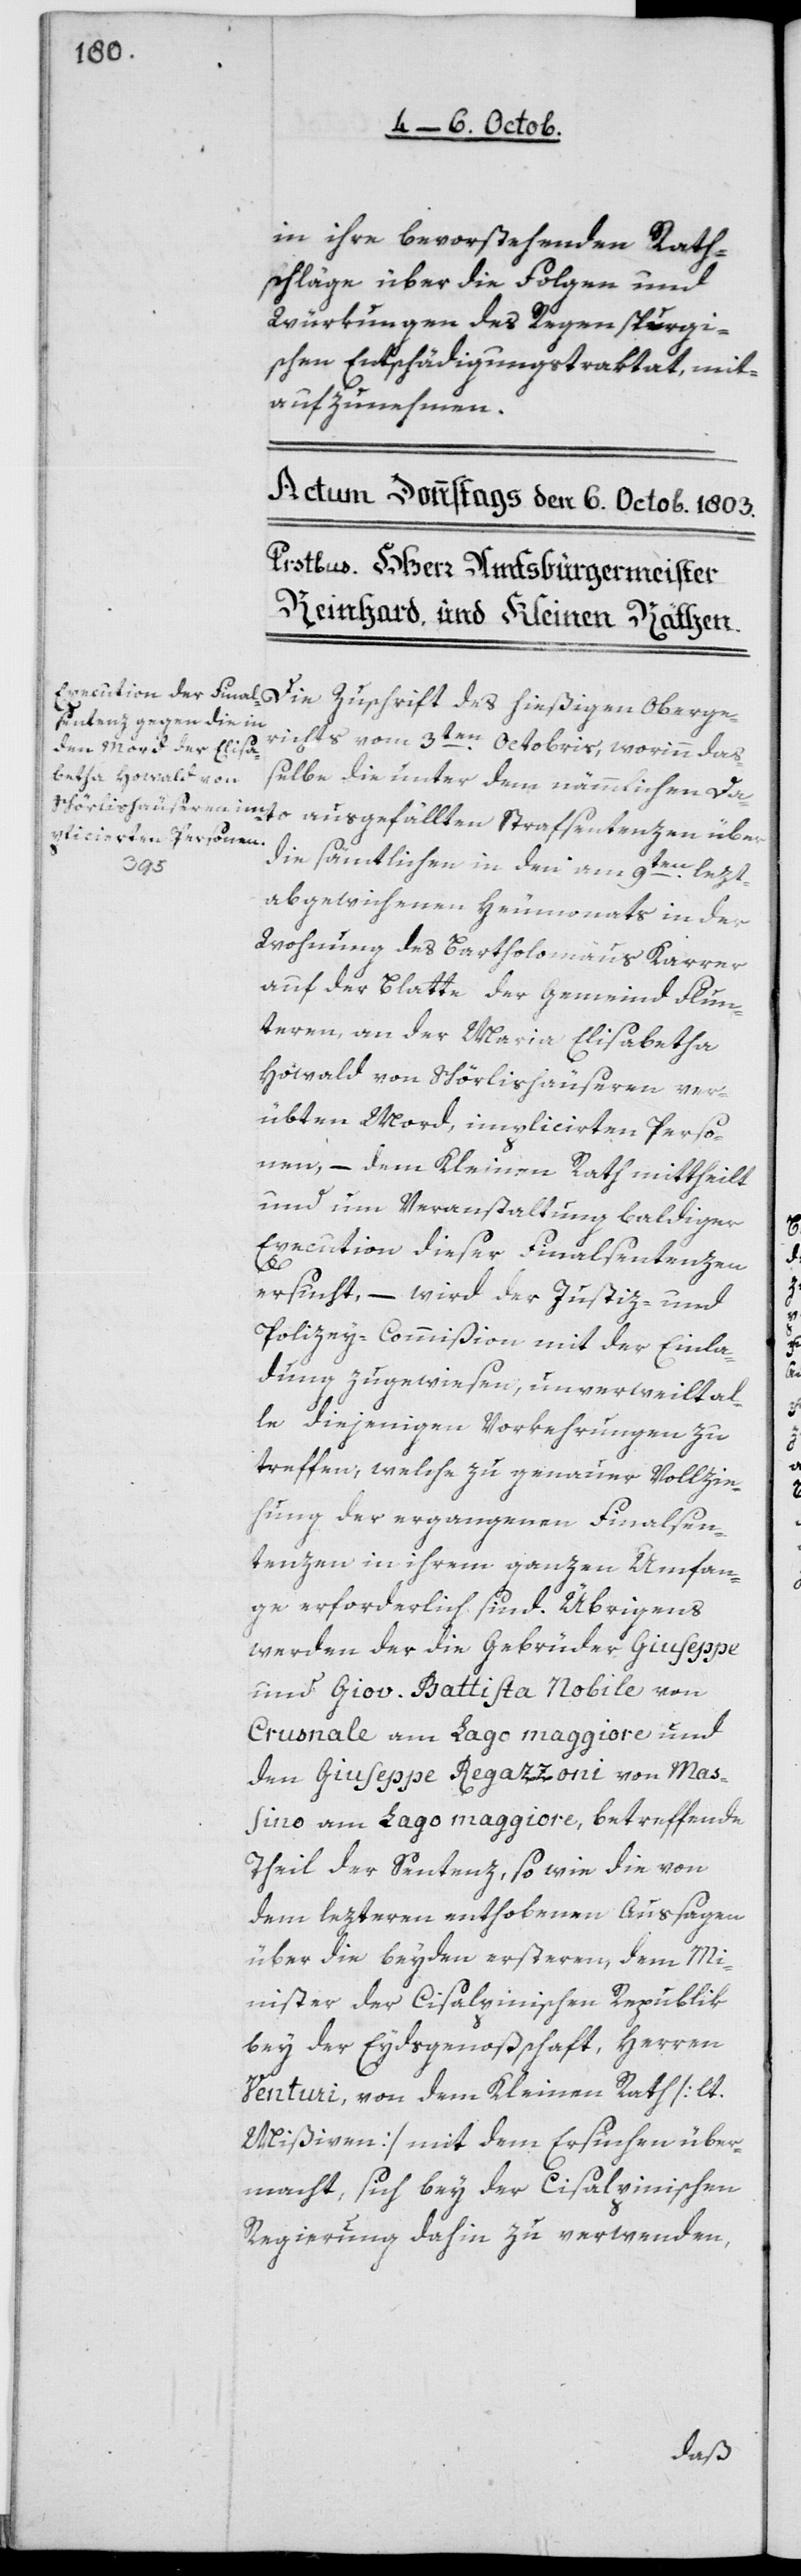
in ihre bevorstehenden Rath¬
schläge über die Folgen und
Würkungen des Regenspurgi¬
schen Entschädigungstractat, mit¬
aufzunehmen.
Die Zuschrift des hießigen Oberge¬
richts vom 3ten Octobris, worinn daß¬
elbe die unter dem nämlichen Da¬
to ausgefällten Strafsentenzen über
die sämtlichen in den am 9ten lezt¬
abgewichenen Heumonats in der
Wohnung des Bartholomäus Karrer
auf der Blatte der Gemeinde Flun¬
teren, an der Maria Elisabetha
Howald von Schörlishäuseren ver¬
übten Mord, implicirten Perso¬
nen, – dem Kleinen Rath mittheilt
und um Veranstaltung baldiger
Execution dieser Finalsentenzen
ersucht, – wird der Justiz- und
Polizey-Commißion mit der Einla¬
dung zugewiesen, unverweilt al¬
le diejenigen Vorkehrungen zu
treffen, welche zu genauer Vollzie¬
hung der ergangenen Finalsen¬
tenzen in ihrem ganzen Umfan¬
ge erforderlich sind. Übrigens
werden der die Gebrüder Giuseppe
und Giov. Battista Nobile von
Crusnale am Lago Maggiore und
den Giuseppe Regazzoni von Mas¬
sino am Lago Maggiore, betreffende
Theil der Sentenz, so wie die von
dem lezteren enthobenen Aussagen
über die beiden Ersteren, dem Mi¬
nister der Cisalpinischen Republik
bey der Eydsgenoßenschaft , Herren
Venturi, von dem Kleinen Rath [lt.
Mißiven] mit dem Ersuchen über¬
macht, sich bey der Cisalpinischen
Regierung dahin zu verwenden,